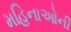
મહિનાઓની